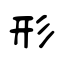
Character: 形